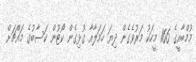
މުމްބާއީގެ 166 މީހަކު މަރުވެގެން ދިޔަ ހަމަލާއާ ގުޅިގެން ކޯޓުން ކަސާބުގެ މައްޗަށް